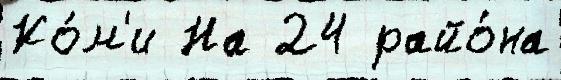
Ко́м'и На 24 райо́на